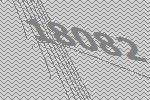
18082